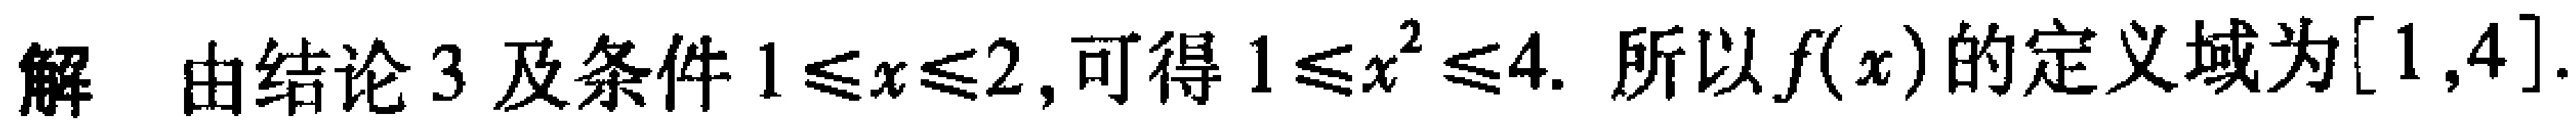
解 由结论3及条件$1\leqslant x\leqslant 2$,可得$1\leqslant x^{2}\leqslant 4$. 所以$f(x)$的定义域为$[1,4]$.